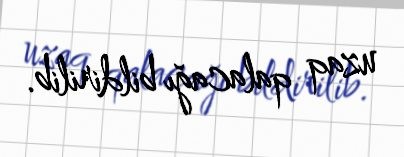
uzaq qalacağı bildirilib.